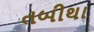
તબીથા